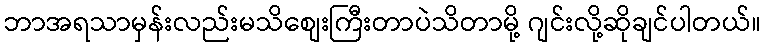
ဘာအရသာမှန်းလည်းမသိစျေးကြီးတာပဲသိတာမို့ ဂျင်းလို့ဆိုချင်ပါတယ်။